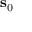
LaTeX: \mathbf { s } _ { 0 }